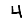
Digit: 4